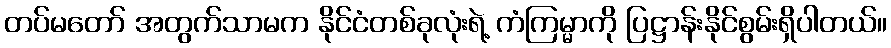
တပ်မတော် အတွက်သာမက နိုင်ငံတစ်ခုလုံးရဲ့ ကံကြမ္မာကို ပြဋ္ဌာန်းနိုင်စွမ်းရှိပါတယ်။